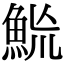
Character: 𩶡